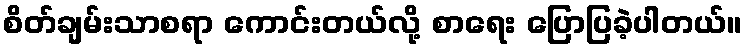
စိတ်ချမ်းသာစရာ ကောင်းတယ်လို့ စာရေး ပြောပြခဲ့ပါတယ်။